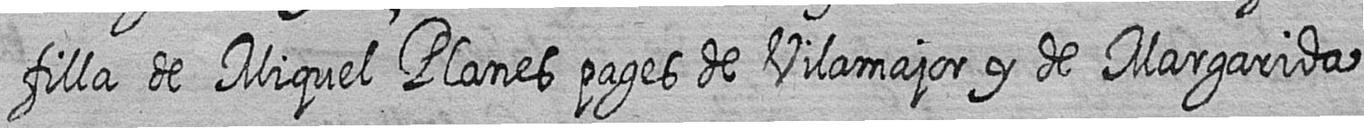
filla de Miquel Planes pages de Vilamajor y de Margarida